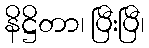
နိဋ္ဌိတာ၊ ပြီးပြီ၊